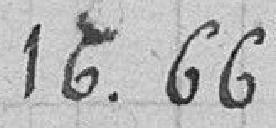
16.66